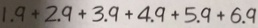
1 . 9 + 2 . 9 + 3 . 9 + 4 . 9 + 5 . 9 + 6 . 9